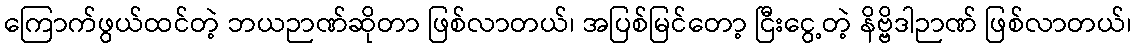
ကြောက်ဖွယ်ထင်တဲ့ ဘယဉာဏ်ဆိုတာ ဖြစ်လာတယ်၊ အပြစ်မြင်တော့ ငြီးငွေ့တဲ့ နိဗ္ဗိဒါဉာဏ် ဖြစ်လာတယ်၊